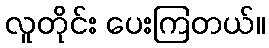
လူတိုင်း ပေးကြတယ်။